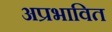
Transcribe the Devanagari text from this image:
अप्रभावित